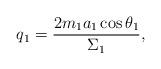
LaTeX: \begin{align*}q_1 = \frac {2m_1 a_1 \cos \theta _1}{\Sigma _1},\end{align*}